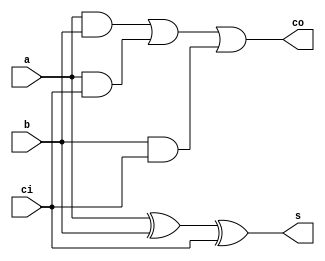
`timescale 1ns / 1ps
//////////////////////////////////////////////////////////////////////////////////
// Company: 
// Engineer: 
// 
// Design Name: 
// Module Name: full_adder
// Project Name: 
// Target Devices: 
// Tool Versions: 
// Description: 
// 
// Dependencies: 
// 
// Revision:
// Revision 0.01 - File Created
// Additional Comments:
// 
//////////////////////////////////////////////////////////////////////////////////


module full_adder(input a,b,ci, output co,s);
 assign s =a ^ b^ci;
 assign co = (a&b)|(a&ci)|(b&ci);
endmodule